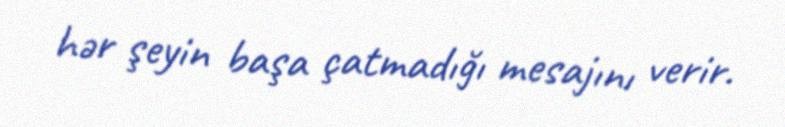
hər şeyin başa çatmadığı mesajını verir.